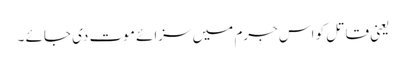
یعنی قاتل کو اس جرم میں سزائے موت دی جائے ۔